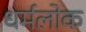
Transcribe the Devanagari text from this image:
धर्मलोक